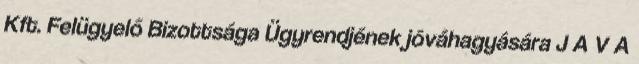
Kft. Felügyelő Bizottsága Ügyrendjének jóváhagyására J A V A